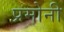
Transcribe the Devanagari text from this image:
प्रमोनी